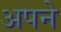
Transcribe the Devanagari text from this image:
अपने